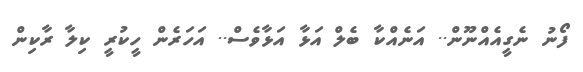
ފޯނު ނެގީއެއްނޫން.. އަނެއްކާ ބެލް އަޅާ އަޅާވެސް.. އަހަރެން ހީކުރީ ކިލާ ރާކިން